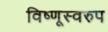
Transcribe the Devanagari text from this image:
विष्णूस्वरुप